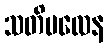
သတိဗလေန